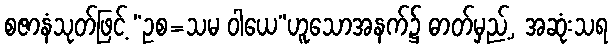
စဇာနံသုတ်ဖြင့် “ဥစ=သမ ဝါယေ”ဟူသောအနက်၌ ဓာတ်မှည့်, အဆုံးသရ